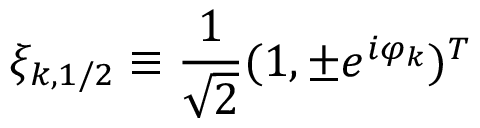
\xi _ { k , 1 / 2 } \equiv \frac { 1 } { \sqrt { 2 } } ( 1 , \pm e ^ { i \varphi _ { k } } ) ^ { T }